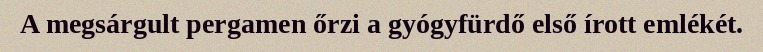
A megsárgult pergamen őrzi a gyógyfürdő első írott emlékét.